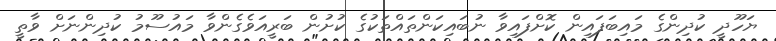
ޔަހޫދީ ކުދިންގެ މައިބަފައިން ކޮށްފައިވާ ނުބައިކަންތައްތަކުގެ ކުށުން ބަރީއަވެގެންވާ މައުސޫމު ކުދިންނަށް ވާތީ